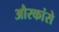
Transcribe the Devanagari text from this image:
औरकांसे